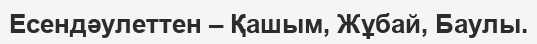
Есендәулеттен – Қашым, Жұбай, Баулы.